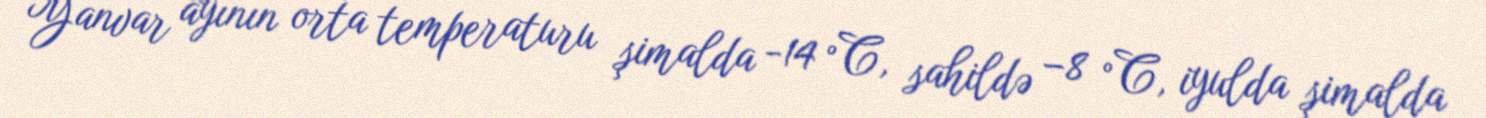
Yanvar ayının orta temperaturu şimalda -14 °C, sahildə −8 °C, iyulda şimalda